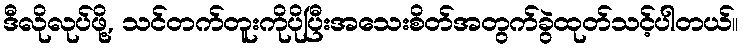
ဒီလိုလုပ်ဖို့, သင်တက်တူးကိုပိုပြီးအသေးစိတ်အတွက်ခွဲထုတ်သင့်ပါတယ်။